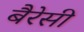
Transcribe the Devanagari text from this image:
बैरेसी